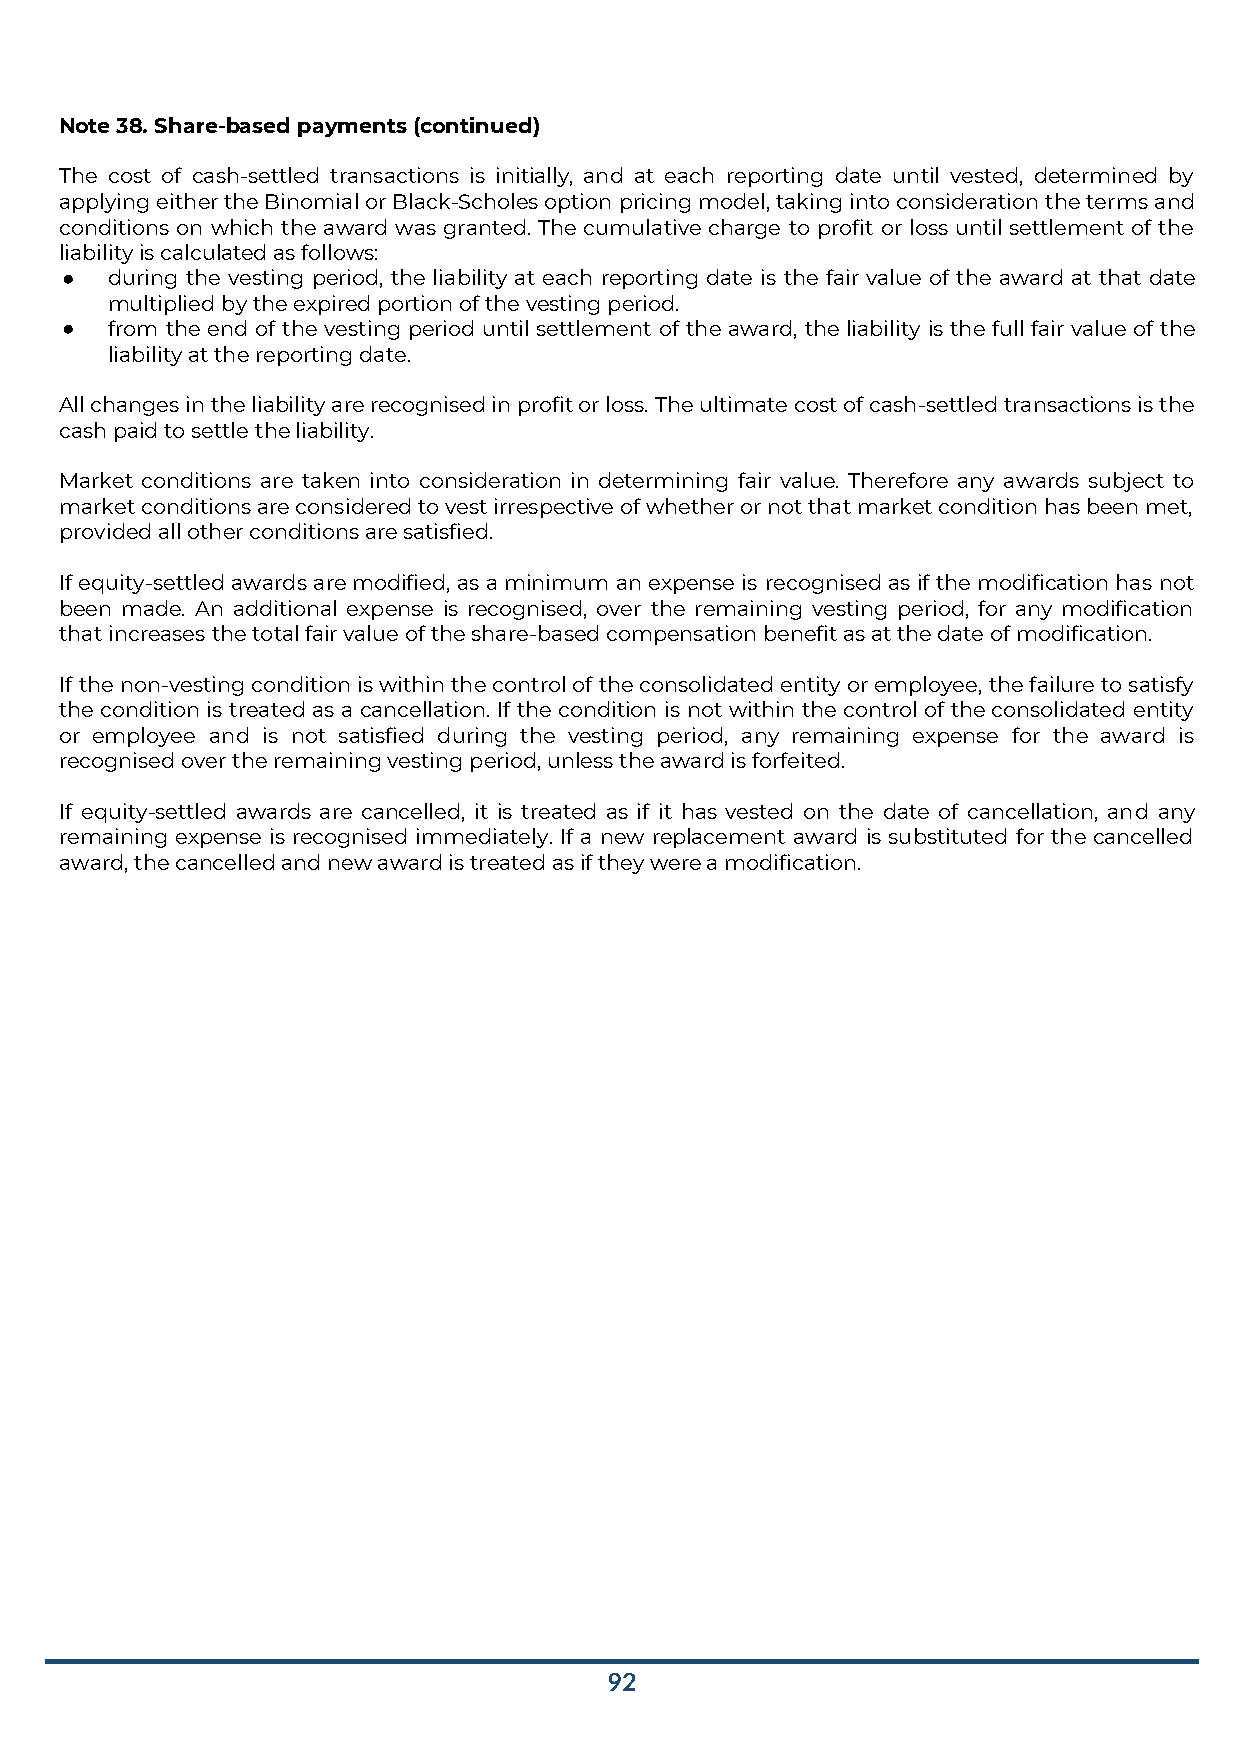
Note 38. Share-based payments (continued)
 The cost of cash-settled transactions is initially, and at each reporting date until vested, determined by
 applying either the Binomial or Black-Scholes option pricing model, taking into consideration the terms and
 conditions on which the award was granted. The cumulative charge to profit or loss until settlement of the
 liability is calculated as follows:
 ●  during the vesting period, the liability at each reporting date is the fair value of the award at that date
 multiplied by the expired portion of the vesting period.
 ●  from the end of the vesting period until settlement of the award, the liability is the full fair value of the
 liability at the reporting date.
 All changes in the liability are recognised in profit or loss. The ultimate cost of cash-settled transactions is the
 cash paid to settle the liability.
 Market conditions are taken into consideration in determining fair value. Therefore any awards subject to
 market conditions are considered to vest irrespective of whether or not that market condition has been met,
 provided all other conditions are satisfied.
 If equity-settled awards are modified, as a minimum an expense is recognised as if the modification has not
 been made. An additional expense is recognised, over the remaining vesting period, for any modification
 that increases the total fair value of the share-based compensation benefit as at the date of modification.
 If the non-vesting condition is within the control of the consolidated entity or employee, the failure to satisfy
 the condition is treated as a cancellation. If the condition is not within the control of the consolidated entity
 or employee and is not satisfied during the vesting period, any remaining expense for the award is
 recognised over the remaining vesting period, unless the award is forfeited.
 If equity-settled awards are cancelled, it is treated as if it has vested on the date of cancellation, and any
 remaining expense is recognised immediately. If a new replacement award is substituted for the cancelled
 award, the cancelled and new award is treated as if they were a modification.
 92